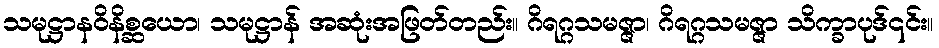
သမုဋ္ဌာနဝိနိစ္ဆယော၊ သမုဋ္ဌာန် အဆုံးအဖြတ်တည်း။ ဂိရဂ္ဂသမဇ္ဇာ၊ ဂိရဂ္ဂသမဇ္ဇာ သိက္ခာပုဒ်၎င်း။